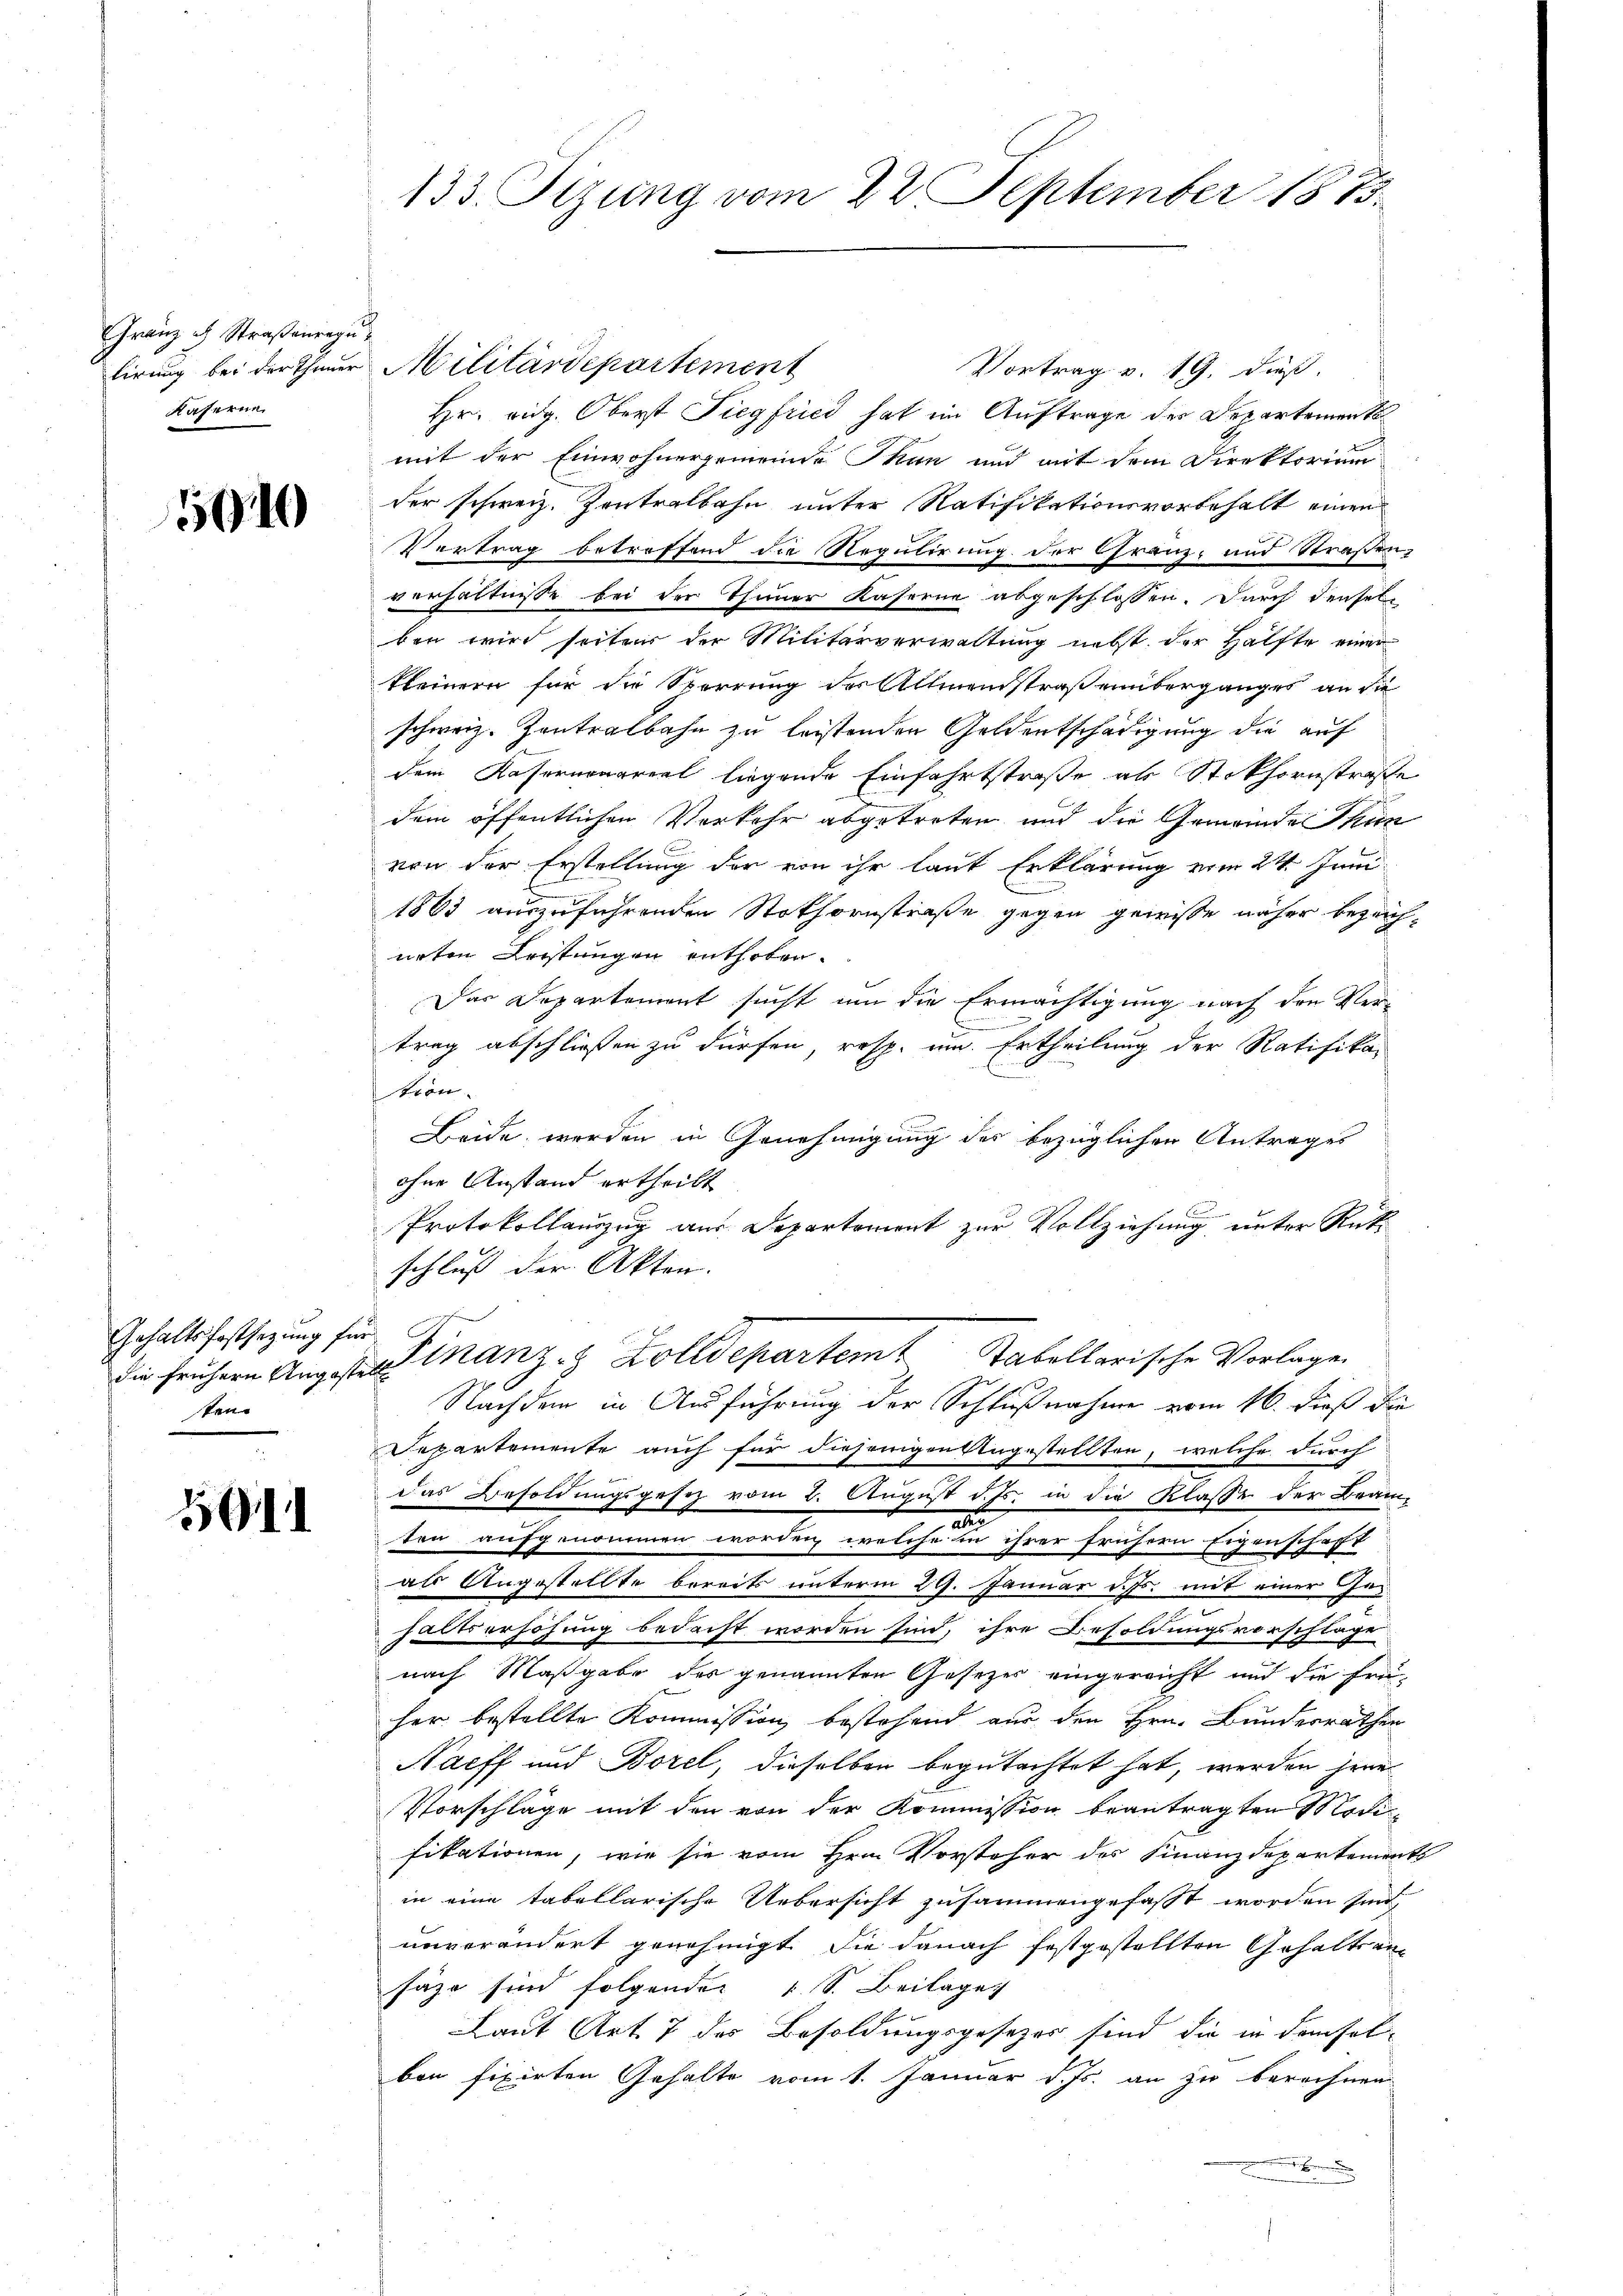
Gränz ch Straßenregu
Käferne

55640

Gehaltsfestsezung für
sten |

11

133. Sizung vom 22. September 1873.

lirung bei der Theuer Militärdepartement
Vortrag v. 19. dieß.
Hr. eidg. Oberst Siegfried hat im Auftrage der Departement
mit der Einwohnergemeinde Thun und mit dem Direktorium
der schweiz. Zentralbahn unter Ratifikationsvorbehalt einen
Vertrag betreffend die Regulirung der Granz- und Straßen-
verhältnisse bei der Thuner Kaserne abgeschlossen. Durch denselben wird seiter der Militärverwaltung nebst der Hälfte einer
kleinern für die Sperrung des Allmendstraßenüberganges an die
schweiz. Zentralbahn zu leistenden Geldentschädigung die auf
dem Kasernenareal liegende Einfahrtstraße als Stokhornstraße
dem öffentlichen Verkehr abgetreten und die Gemeinde Thun
von der Erstellung der von ihr laut Erklärung vom 24. Juni
1863 auszuführenden Stothornstraße gegen gewisse näher bezeichnirten Leistungen enthoben.
Das Departement sucht um die Ermächtigung nach den Ver¬
1
trag abschließen zu dürfen, resp. um Ertheilung der Ratifika-
tron.
Beide werden in Genehmigung des bezüglichen Antrages
ohne Anstand ertheilt
Protokollanzug aus Departement zur Vollziehung unter Rükschluß der Akten.
die frühern Angestalt inanz-8 Zolldepartem Stabellarische Vorlagen
Nachdem in Ausführung der Schlußnahme vom 16. dieß die
Departemente auch für diejenigen Angestellten, welche durch
das Besoldungsgesetz vom 2. August d. Js. in die Klasse der Beamten aufgenommen worden, welche in ihrer frühern Eigenschafft
als Angestellte bereits unterm 29. Januar d. Js. mit einer Gehaltserhöhung bedacht worden sind, ihre Besoldungsvorschläge
nach Maßgabe der genannten Gesezes eingereicht und die früher bestellte Kommission bestehend nur den Hrn. Bundesrathen
Nacff und Borel, dieselben begutachtet hat, werden jene
Vorschläge mit den von der Kommission beantragten Modifikationen, wie sie vom Hrn. Vorsteher des Finanzdepartements
in eine tabellarische Uebersicht zusammengefaßt worden sind,
unverändert genehmigt, die danach festgestellten Gehalten
fähr sind folgenden 1 S. Beilage
Laut Art. 7 des Besoldungsgesezes sind die in demselben fixirten Gehalte vom 1. Januar d. Js. an zu berechnen
n